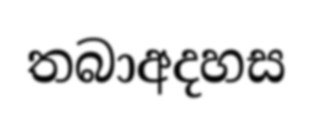
තබාඅදහස